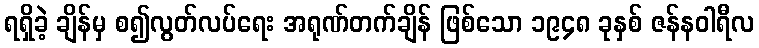
ရရှိခဲ့ ချိန်မှ စ၍လွတ်လပ်ရေး အရုဏ်တက်ချိန် ဖြစ်သော ၁၉၄၈ ခုနှစ် ဇန်နဝါရီလ